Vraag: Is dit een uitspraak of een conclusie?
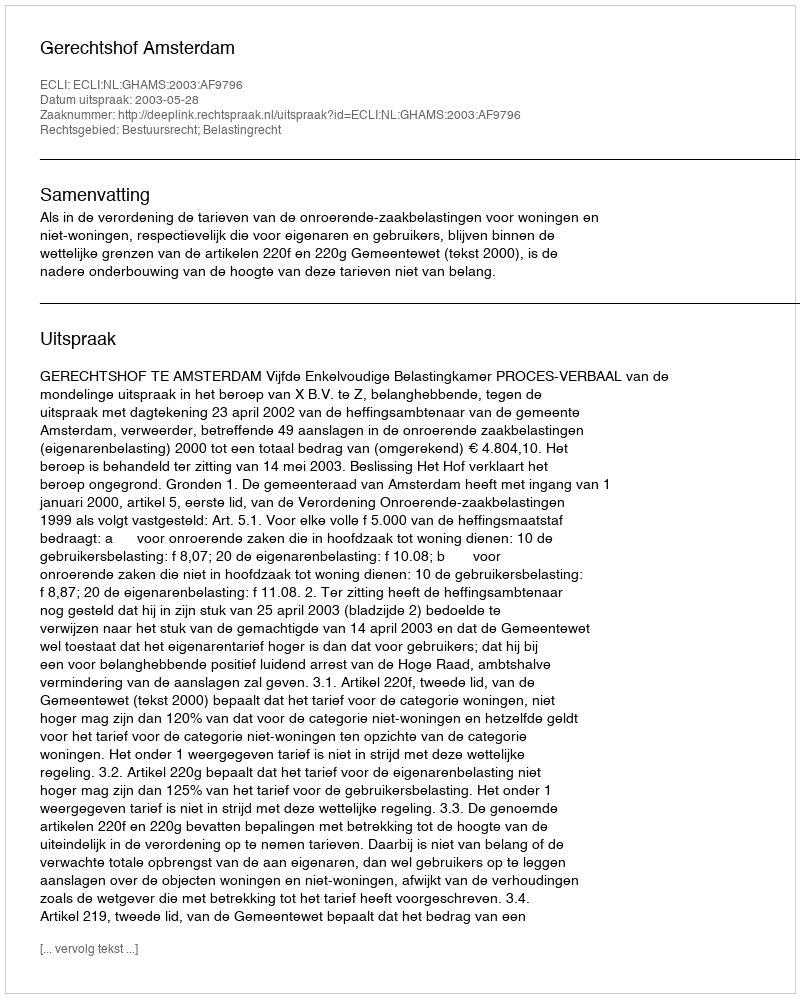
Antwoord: Uitspraak